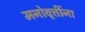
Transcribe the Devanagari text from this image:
मनोवृत्तींना